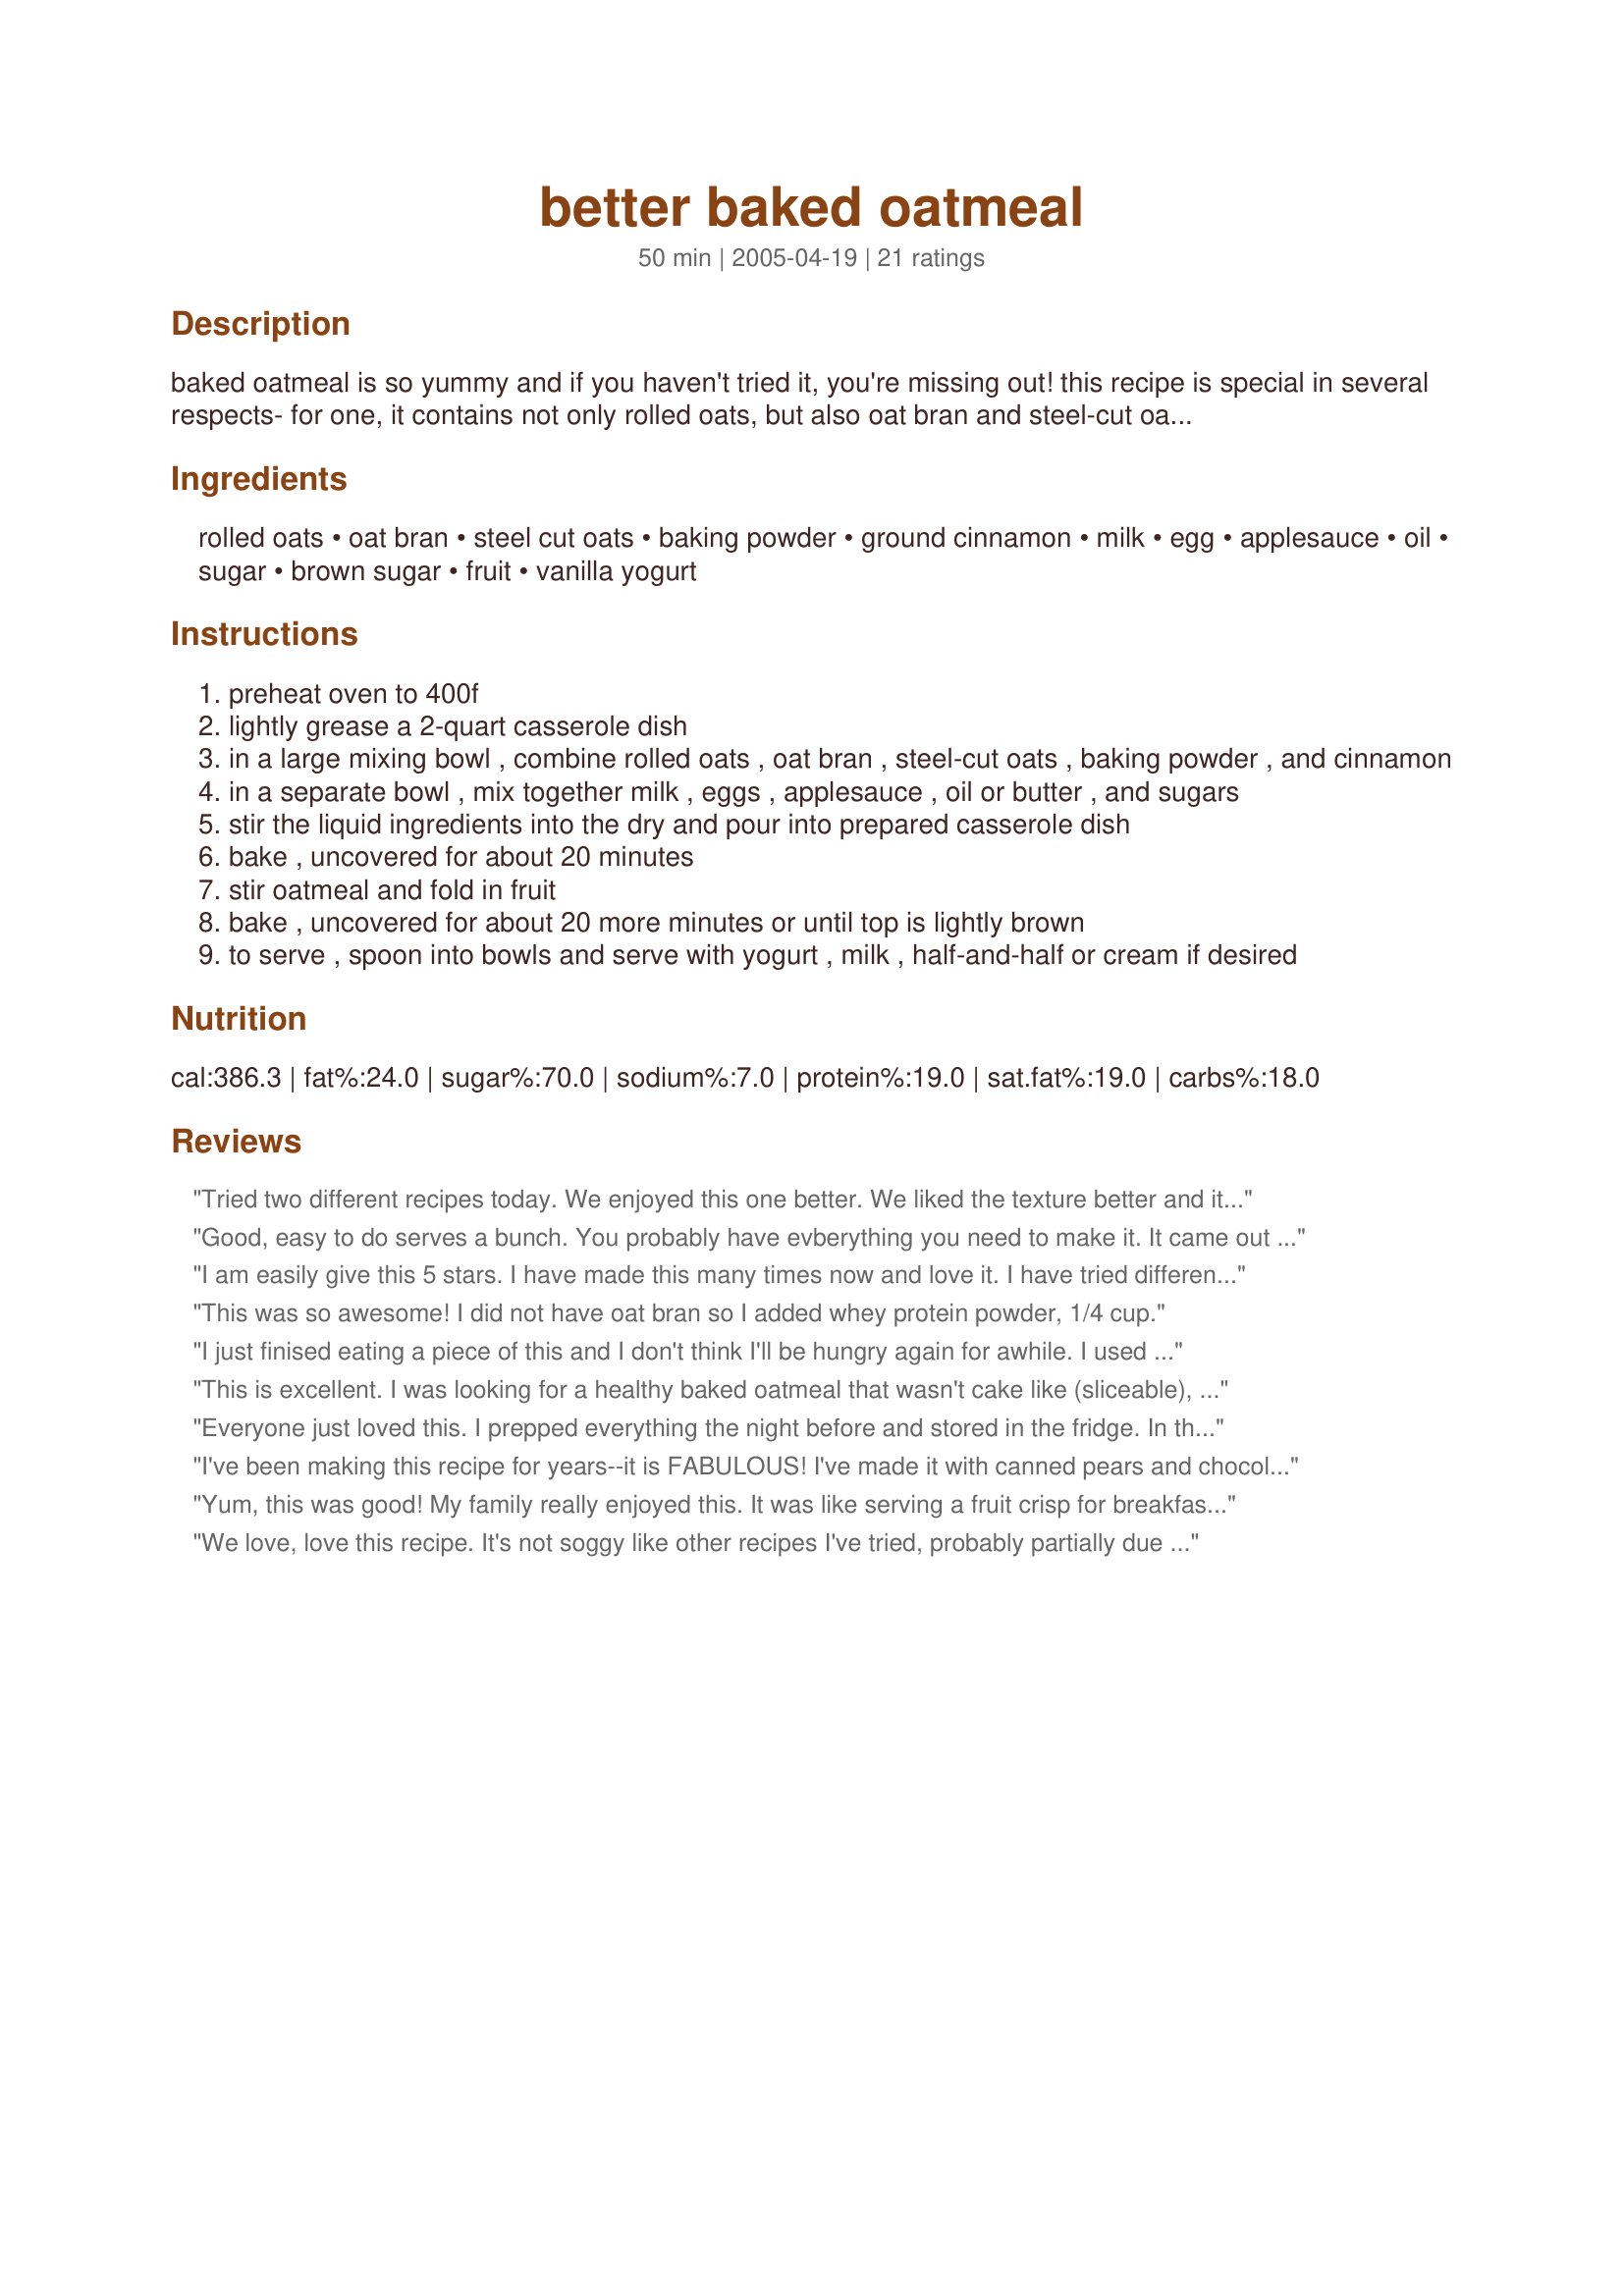
better baked oatmeal
Preparation time: 50 minutes

baked oatmeal is so yummy and if you haven't tried it, you're missing out! this recipe is special in several respects- for one, it contains not only rolled oats, but also oat bran and steel-cut oats. it's also not too high in fat and you mix in some fruit of your choosing, for an extra tasty treat. delicious and healthy, this is the kind of special breakfast you can feel good about serving your family in the morning. enjoy! (from bh&g)

Ingredients:
rolled oats, oat bran, steel cut oats, baking powder, ground cinnamon, milk, egg, applesauce, oil, sugar, brown sugar, fruit, vanilla yogurt

Steps:
preheat oven to 400f
lightly grease a 2-quart casserole dish
in a large mixing bowl , combine rolled oats , oat bran , steel-cut oats , baking powder , and cinnamon
in a separate bowl , mix together milk , eggs , applesauce , oil or butter , and sugars
stir the liquid ingredients into the dry and pour into prepared casserole dish
bake , uncovered for about 20 minutes
stir oatmeal and fold in fruit
bake , uncovered for about 20 more minutes or until top is lightly brown
to serve , spoon into bowls and serve with yogurt , milk , half-and-half or cream if desired

Reviews:
Tried two different recipes today. We enjoyed this one better. We liked the texture better and it is healthier. Stirring it better incorporates the fruit and makes it less cake-like overall. We added toasted sliced almonds which added to the texture. We also had no applesauce so had to substitute mashed banana. I am thinking of substituting ground fax seed for the oat bran but am going to do a nutritional comparison first.
Good, easy to do serves a bunch. You probably have evberything you need to make it. It came out very firm for me, almost like a cake, not bad, but not exactly what I was expecting.
I am easily give this 5 stars. I have made this many times now and love it. I have tried different fruit in it such as dried apricots, raspberries, blueberries and raisins. I dont like it so much with steel cut oats as I found they didnt cook enough so I add wheat germ instead. I also add some vanilla, about a teaspoon and up the cinnamon. I have even tossed in some pecans. Very delicious. THanks for the great recipe.
This was so awesome! I did not have oat bran so I added whey protein powder, 1/4 cup.
I just finised eating a piece of this and I don't think I'll be hungry again for awhile. I used dried cranberries and dates, and even though I soaked them in hot water, they absorbed a lot of the liquid from the oatmeal (I did mix them in before I started cooking), which was fine since I don't like my oats too mushy. Next time I will probably use less sugar. I also like that I can share this with my gerbil (she's enjoying a little bowl-full as I type).
This is excellent. I was looking for a healthy baked oatmeal that wasn't cake like (sliceable), like some baked oatmeals are. I loved the consistency of this. I did use mostly applesauce and less margarine and decreased the sugar by about 1/8 cup. I used fresh chopped apples and frozen whole cranberries as the fruit which was an excellent pair. I served it with milk. I will definitely be making this recipe again. Thanks!
Everyone just loved this. I prepped everything the night before and stored in the fridge. In the morning I just popped my baking dish straight into the oven and baked. I baked sultana raisins right in with it from the beginning and added peach and apple wedges for the 2 cups fruit according to recipe instructions. I really have a tough time forcing myself to eat breakfast so it was a real treat to find something that this good to eat in the morning. Thank you.
I've been making this recipe for years--it is FABULOUS! I've made it with canned pears and chocolate chips, blueberries, raspberries...all delicious, but my absolute favorite is peaches and slivered almonds. I just use canned peaches, the full 2 cups, then also throw in about 1/3 cup of the almonds. Just made it this morning and it is SO yummy!
Yum, this was good! My family really enjoyed this. It was like serving a fruit crisp for breakfast. I used chopped apples and 1 banana to make the 2 cups of fruit. I'm looking forward to trying it with other fruits. Thanks.
We love, love this recipe. It's not soggy like other recipes I've tried, probably partially due to stirring it half way. I love the nutty flavor and texture that the steel cut oats give it. Yum!
This oatmeal is so much better than oatmeal made on the stove top. I had mine with peaches and blueberries. I reduced the recipe to serve one and I baked it in a small souffle dish. I also added extra oatmeal in place of the oil, used egg substitute (sue to measurement issues), and reduced the amount of granulated sugar by half. I will definitely be making this again.
I just made this tonight and wow!!!! What a great recipe! I altered it a bit for personal preference and I didn't have all the ingredients on hand. I didn't have steel cut oats so I just added in an extra 1/4 cup of rolled oats instead. I still wanted the oatmeal to have a nutty flavour to it though, so I added a tbsp of ground flaxseed. I'm allergic to apples so I had to substitute the applesauce with pear sauce. I also used a 1/2 cup of brown sugar instead of using a 1/4 cup of both white and brown sugar. Lastly, I added in a half tsp of almond extract and doubled the cinnamon for added flavour.<br/>20 minutes into baking it, I stirred the oatmeal and added shredded coconut, walnuts and dried cranberries to half of the dish. I left the other side plain so that I could experiment with different add ins later on to mix things up.<br/>I just had some of the plain oatmeal, added blueberries and blackberries and poured vanilla yogurt over it. DELICIOUS!<br/>I will definitely make this recipe again. Thanks for sharing! :)
Yum-o. I made this as written one evening, kept it in the fridge, and enjoyed a week of hot breakfasts! This is in a whole other category from those little packets of instant oatmeal. Delish. I'm trying it tonight with cranberries and toasted almonds, and I can't wait to try some other variations... blueberries and cream, raisins and spice, maple brown sugar, banana walnut...
YUM! This is so good and so easy to make. I added dried blueberries, fresh bananas, and frozen rasberries. I didn't have oat bran, so just used extra rolled oats. <br/>Cooked it at night and served it reheated the next morning. The kids ate all, even though they usually don't like fruit mixed with their oatmeal. Has a nice firm texture.
This was excellent. Very easy to prepare. I didn't have oat bran, so I substituted wheat germ. To save time, I defrosted some frozen fruit I had on hand. Delicious. I will definitely make this on a regular basis.
I left out 1/2 c rolled oats and used equal amounts of oat bran, mealed flaxseeds, and steel cut oats (1 cup total). I used 1 cup of applesauce (for the applesauce and the oil in the recipe). I left out the sugar and brown sugar and instead used a little less than 1/2 cup of honey. I added a couple tablespoons of slivered almonds. I used mixed berries for my fruit and top each serving (makes 8 servings in my opinion) with a spoonful or 2 of vanilla non-fat yogurt. I put my changes in a nutrition calculator and it said that each serving (of 8) has 200 calories, 13g of fat (less than .5g of saturated fat), 10g of fiber, and 12g of protein. It's also very high in iron. I don't usually like oatmeal but I think this is delicious and will definitely be making it again very soon!
This was delicious! I added in 2 cups of sliced strawberries after 20 minutes of cooking and it was the perfect consistency with the soft strawberries. As they bake the flavor melts into the oats. I stirred it really well when adding the berries which helped any of the sides from burning. I added about 1/3 cup of water as well because some of the oats were a bit too dry to cook.
Made this for breakfast. Reduced the recipe to serve, believe it or not, 1! Replaced the egg with a reduced amount of egg substitute. It was very filling and stayed with me throughout the morning. Liked the addition of the steel cut oats. They add a nice nutty texture to the dish. Also, opted not to add the fruit during cooking but topped it with vanilla soy milk and fresh blueberries. Yummy!
This is really good. Add chopped appels and cranberries and white sugar on top to give it more pizzazz.
Ohh this was sooo good. I made it for Sunday morning Breakfast and my family loved it! I followed the recipe exactly and used 1/2 c frozen cranberries and 1 1/2 c chopped apples for the fruit. This will become a regular at our house. Great texture and flavor, just sweet enough. Thanks!
We've tried more then one baked oatmeal recipe in the hopes of finding "the one keeper". Our search is over. Made it with diced apple and raisins and used half and half. Will be trying other fruit combos in the future. Thanks for posting.
